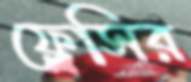
ফ্লেসির